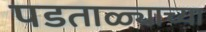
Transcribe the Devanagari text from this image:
पडताळ्याच्या